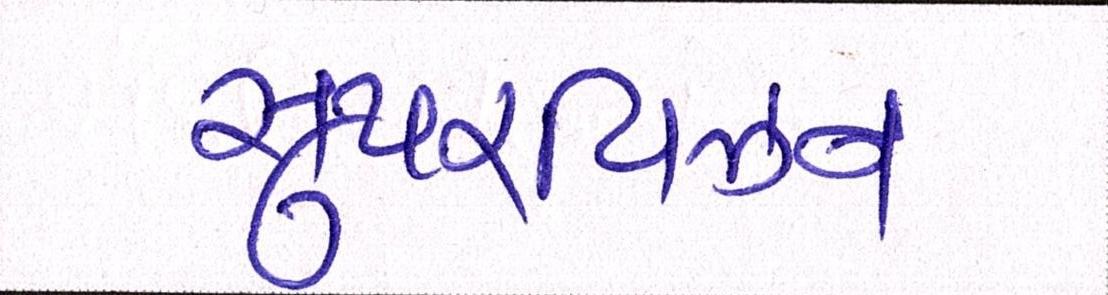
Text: સુપરવિઝન